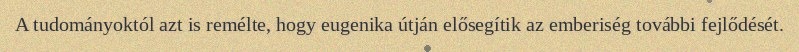
A tudományoktól azt is remélte, hogy eugenika útján elősegítik az emberiség további fejlődését.